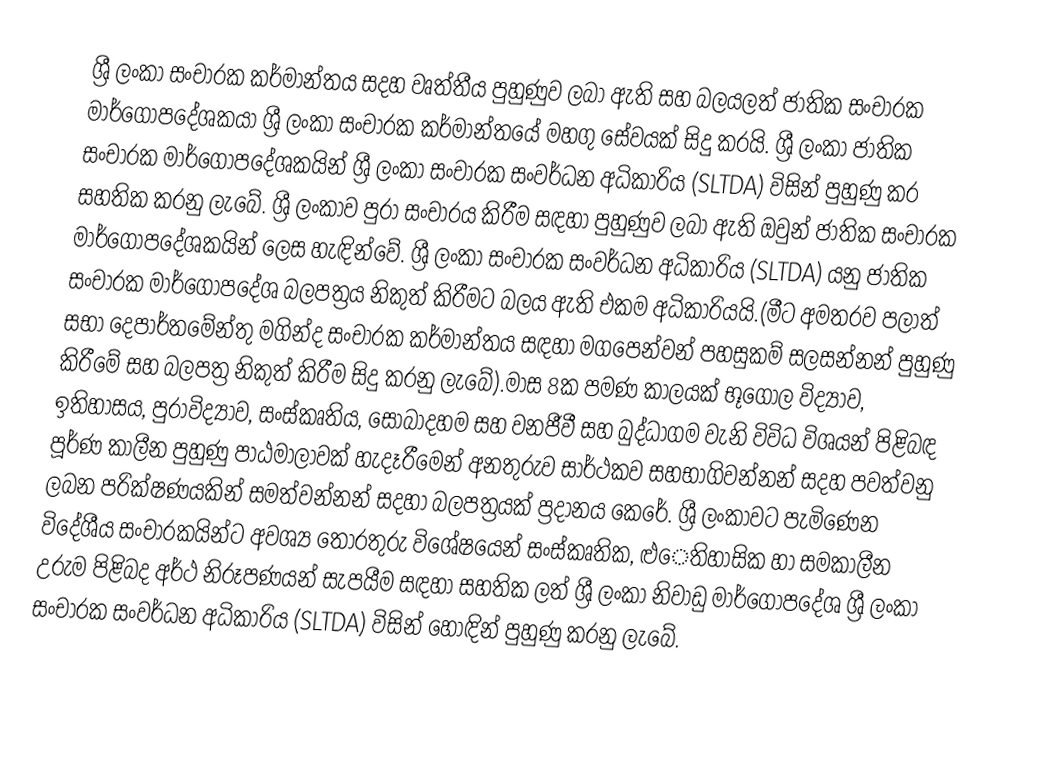
ශ්‍රී ලංකා සංචාරක කර්මාන්තය සදහ  වෘත්තීය පුහුණුව ලබා ඇති සහ බලයලත් ජාතික සංචාරක මාර්ගෝපදේශකයා ශ්‍රී ලංකා සංචාරක කර්මාන්තයේ මහගු සේවයක් සිදු කරයි. ශ්‍රී ලංකා ජාතික සංචාරක මාර්ගෝපදේශකයින් ශ්‍රී ලංකා සංචාරක සංවර්ධන අධිකාරිය (SLTDA) විසින් පුහුණු කර සහතික කරනු ලැබේ. ශ්‍රී ලංකාව පුරා සංචාරය කිරීම සඳහා පුහුණුව ලබා ඇති ඔවුන් ජාතික සංචාරක මාර්ගෝපදේශකයින් ලෙස හැඳින්වේ.  ශ්‍රී ලංකා සංචාරක සංවර්ධන අධිකාරිය (SLTDA) යනු ජාතික සංචාරක මාර්ගෝපදේශ බලපත්‍රය නිකුත් කිරීමට බලය ඇති එකම අධිකාරියයි.(මීට අමතරව පලාත් සභා දෙපාර්තමේන්තු  මගින්ද සංචාරක කර්මාන්තය සඳහා මගපෙන්වන් පහසුකම් සලසන්නන්    පුහුණු කිරීමේ සහ බලපත්‍ර නිකුත් කිරීම සිදු කරනු ලැබේ).මාස 8ක පමණ කාලයක් භූගෝල විද්‍යාව, ඉතිහාසය, පුරාවිද්‍යාව, සංස්කෘතිය, සොබාදහම සහ වනජීවී සහ බුද්ධාගම වැනි විවිධ විශයන් පිළිබඳ පූර්ණ කාලීන පුහුණු පාඨමාලාවක් හැදෑරීමෙන් අනතුරුව සාර්ථකව සහභාගිවන්නන් සදහ පවත්වනු ලබන පරික්ෂණයකින් සමත්වන්නන් සදහා බලපත්‍රයක් ප්‍රදානය කෙරේ. ශ්‍රී ලංකාවට පැමිණෙන විදේශීය සංචාරකයින්ට අවශ්‍ය තොරතුරු විශේෂයෙන් සංස්කෘතික, ළුෙතිහාසික හා සමකාලීන උරුම පිළිබද අර්ථ නිරූපණයන් සැපයීම සඳහා සහතික ලත් ශ්‍රී ලංකා නිවාඩු මාර්ගෝපදේශ ශ්‍රී ලංකා සංචාරක සංවර්ධන අධිකාරිය (SLTDA) විසින් හොඳින් පුහුණු කරනු ලැබේ.